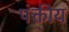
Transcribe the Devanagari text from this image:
पंक्तीय